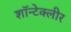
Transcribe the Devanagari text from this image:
शॉन्टेक्लीर